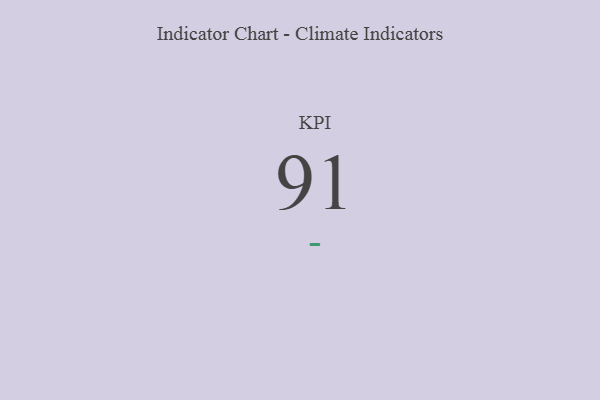
{"axis": {"x": "KPI", "y": "Value"}, "legend": [""], "data": [{"x": "KPI", "y": 91, "type": ""}]}